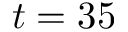
t = 3 5